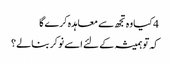
4 کیا وہ تجھ سے معاہدہ کرے گا
کہ تو ہمیشہ کے لئے اسے نوکر بنالے ؟